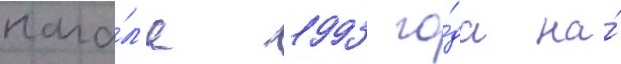
нача́л'е 1993 го́да на́